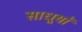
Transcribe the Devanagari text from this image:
साधूयों